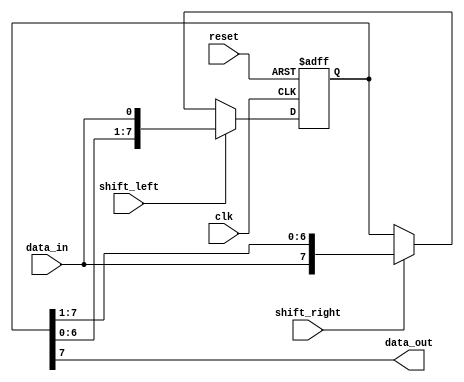
module BidirectionalShiftRegister (
    input wire clk,        // Clock input
    input wire reset,      // Reset input
    input wire shift_left, // Control signal for shifting left
    input wire shift_right,// Control signal for shifting right
    input wire data_in,    // Input data
    output wire data_out   // Output data
);

reg [7:0] register;       // 8-bit shift register

always @(posedge clk or posedge reset) begin
    if (reset) begin
        register <= 8'h00; // Reset the register to all zeros
    end else begin
        if (shift_left) begin
            register <= {register[6:0], data_in}; // Shift data left
        end else if (shift_right) begin
            register <= {data_in, register[7:1]}; // Shift data right
        end
    end
end

assign data_out = register[7]; // Output data from register

endmodule